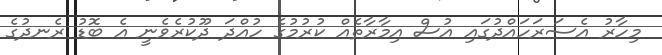
މިހާރު އެސަރަހައްދުގައި އުސް އިމާރާތެއް ކުރުމުގެ ހުއްދަ ދޫކުރެވެނީ އެ ބޮޑު ރެނދުގެ